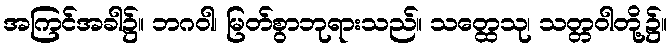
အကြင်အခါ၌။ ဘဂဝါ၊ မြတ်စွာဘုရားသည်။ သတ္ထေသု၊ သတ္တဝါတို့၌။